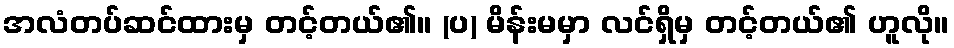
အလံတပ်ဆင်ထားမှ တင့်တယ်၏။ (ပ) မိန်းမမှာ လင်ရှိမှ တင့်တယ်၏ ဟူလို။